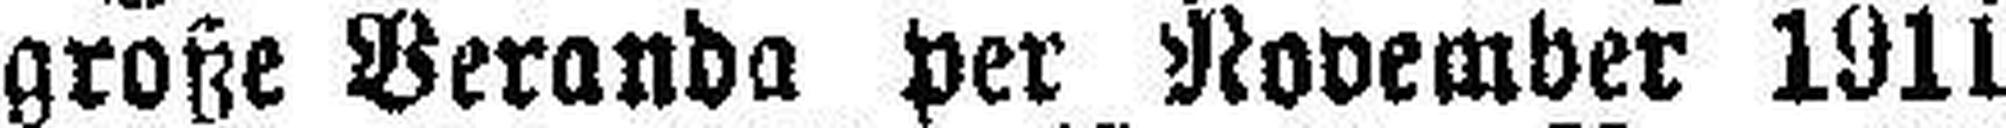
große Veranda per November 1911